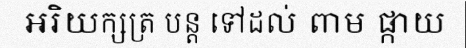
អរិយក្សត្រ បន្ត ទៅដល់ ពាម ផ្កាយ